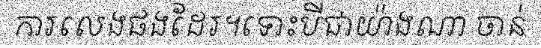
ការលេងផងដែរ។ទោះបីជាយ៉ាងណា ចាន់